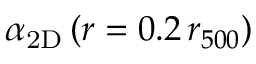
\alpha _ { \mathrm { 2 D } } \, ( r = 0 . 2 \, r _ { 5 0 0 } )